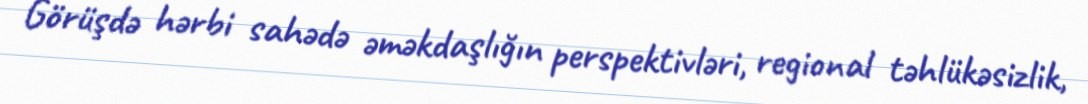
Görüşdə hərbi sahədə əməkdaşlığın perspektivləri, regional təhlükəsizlik,